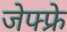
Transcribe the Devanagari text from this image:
जेफ्फ्रे